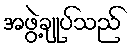
အဖွဲ့ချုပ်သည်